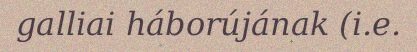
galliai háborújának (i.e.